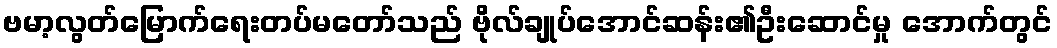
ဗမာ့လွတ်မြောက်ရေးတပ်မတော်သည် ဗိုလ်ချုပ်အောင်ဆန်း၏ဦးဆောင်မှု အောက်တွင်